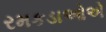
રમકડાઓએ